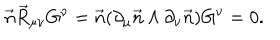
\vec { n } \vec { R } _ { \mu \nu } G ^ { \nu } = \vec { n } ( \partial _ { \mu } \vec { n } \wedge \partial _ { \nu } \vec { n } ) G ^ { \nu } = 0 .